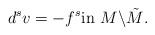
LaTeX: \begin{align*}d^sv=-f^s \mbox{in}\,\, M\backslash \tilde{M}.\end{align*}